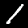
Label: 1